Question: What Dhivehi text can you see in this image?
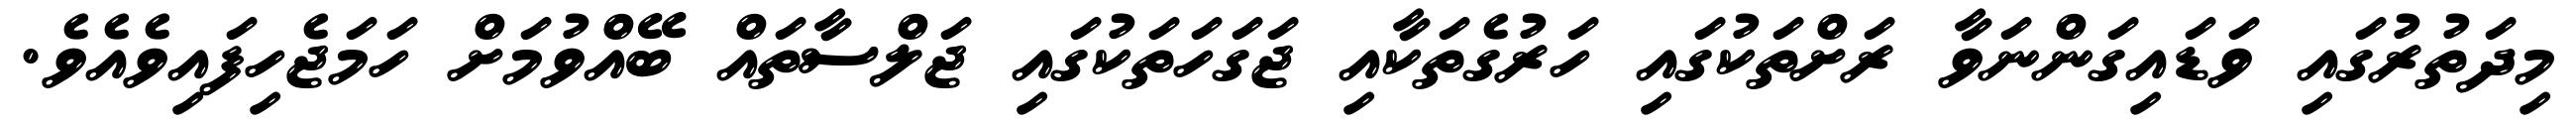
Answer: މިދަތުރުގައި ވަޑައިގަންނަވާ ރަށްތަކުގައި ހަރުގެތަކާއި ޖަގަހަތަކުގައި ޖަލްސާތައް ބޭއްވުމަށް ހަމަޖެހިފައިވެއެވެ.